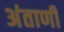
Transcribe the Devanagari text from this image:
अंताणी